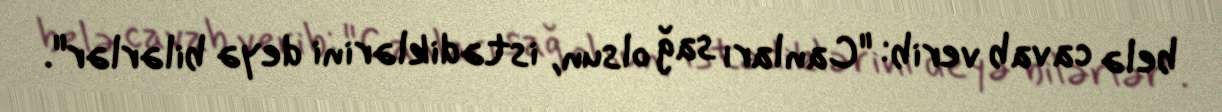
belə cavab verib: "Canları sağ olsun, istədiklərini deyə bilərlər".